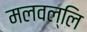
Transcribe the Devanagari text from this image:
मलवल्लि